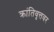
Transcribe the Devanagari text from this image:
क्रांतिवृत्तवर